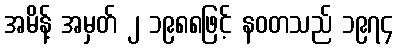
အမိန့် အမှတ် ၂ ၁၉၈၈ဖြင့် နဝတသည် ၁၉၇၄